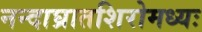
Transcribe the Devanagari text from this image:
नन्दाघ्रातशिरोमध्यः